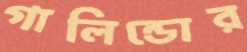
গালিন্ডোর